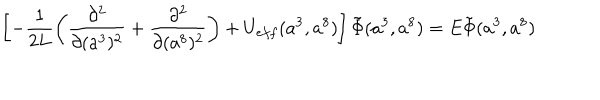
LaTeX: \left[ - \frac { 1 } { 2 L } \left( \frac { \partial ^ { 2 } } { \partial ( a ^ { 3 } ) ^ { 2 } } + \frac { \partial ^ { 2 } } { \partial ( a ^ { 8 } ) ^ { 2 } } \right) + U _ { e f f } ( a ^ { 3 } , a ^ { 8 } ) \right] \tilde { \Phi } ( a ^ { 3 } , a ^ { 8 } ) = E \tilde { \Phi } ( a ^ { 3 } , a ^ { 8 } )